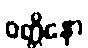
ဝတ္တိနော